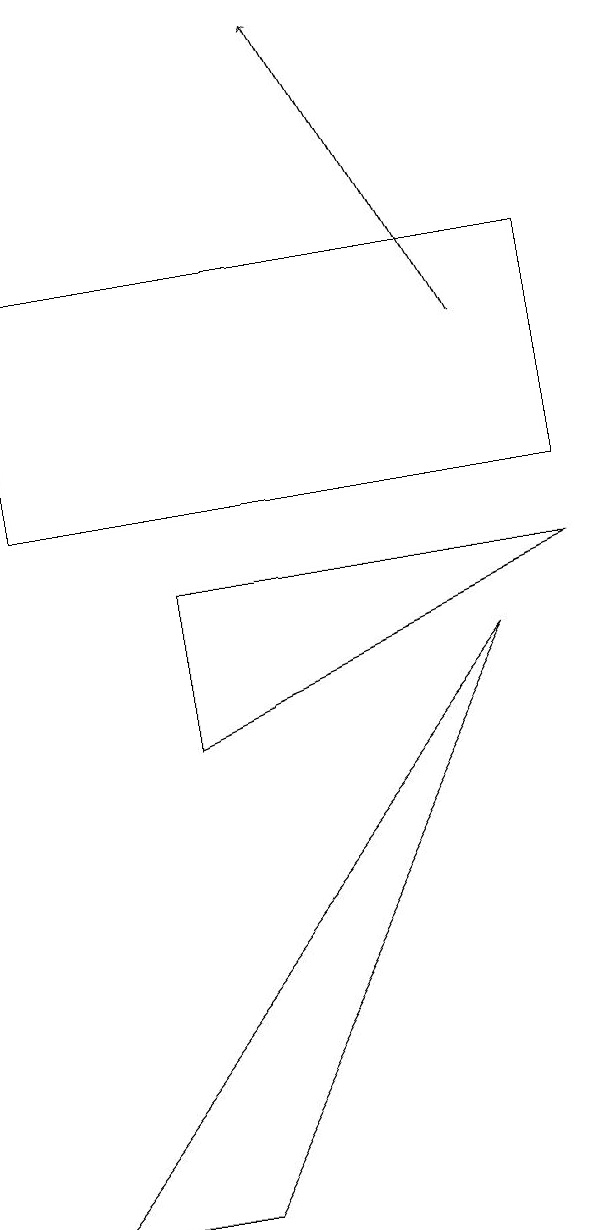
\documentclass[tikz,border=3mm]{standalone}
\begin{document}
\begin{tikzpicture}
\draw[->] (8,12) -- (6,16);
\draw (4,7) -- (4,9) -- (9,9) -- cycle;
\draw (9,10) rectangle (2,13);
\draw (2,1) -- (4,1) -- (8,8) -- cycle;
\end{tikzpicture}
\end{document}